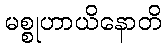
မစ္စုဟာယိနောတိ